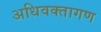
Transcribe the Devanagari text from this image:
अधिवक्तागण